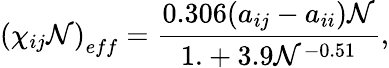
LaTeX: \left(\chi_{ij}\mathcal{N}\right)_{eff}=\frac{{0.306(a_{ij}-a_{ii})\mathcal{N}}}{{1.+3.9\mathcal{N}^{-0.51}}},